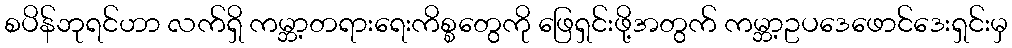
စပိန်ဘုရင်ဟာ လက်ရှိ ကမ္ဘာ့တရားရေးကိစ္စတွေကို ဖြေရှင်းဖို့အတွက် ကမ္ဘာ့ဥပဒေဖောင်ဒေးရှင်းမှ